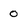
Character: o